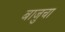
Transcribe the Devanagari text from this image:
बाजुचा